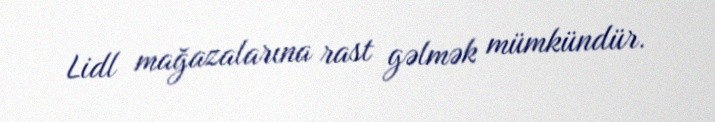
Lidl mağazalarına rast gəlmək mümkündür.